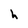
Character: h